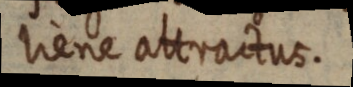
liene attractus.